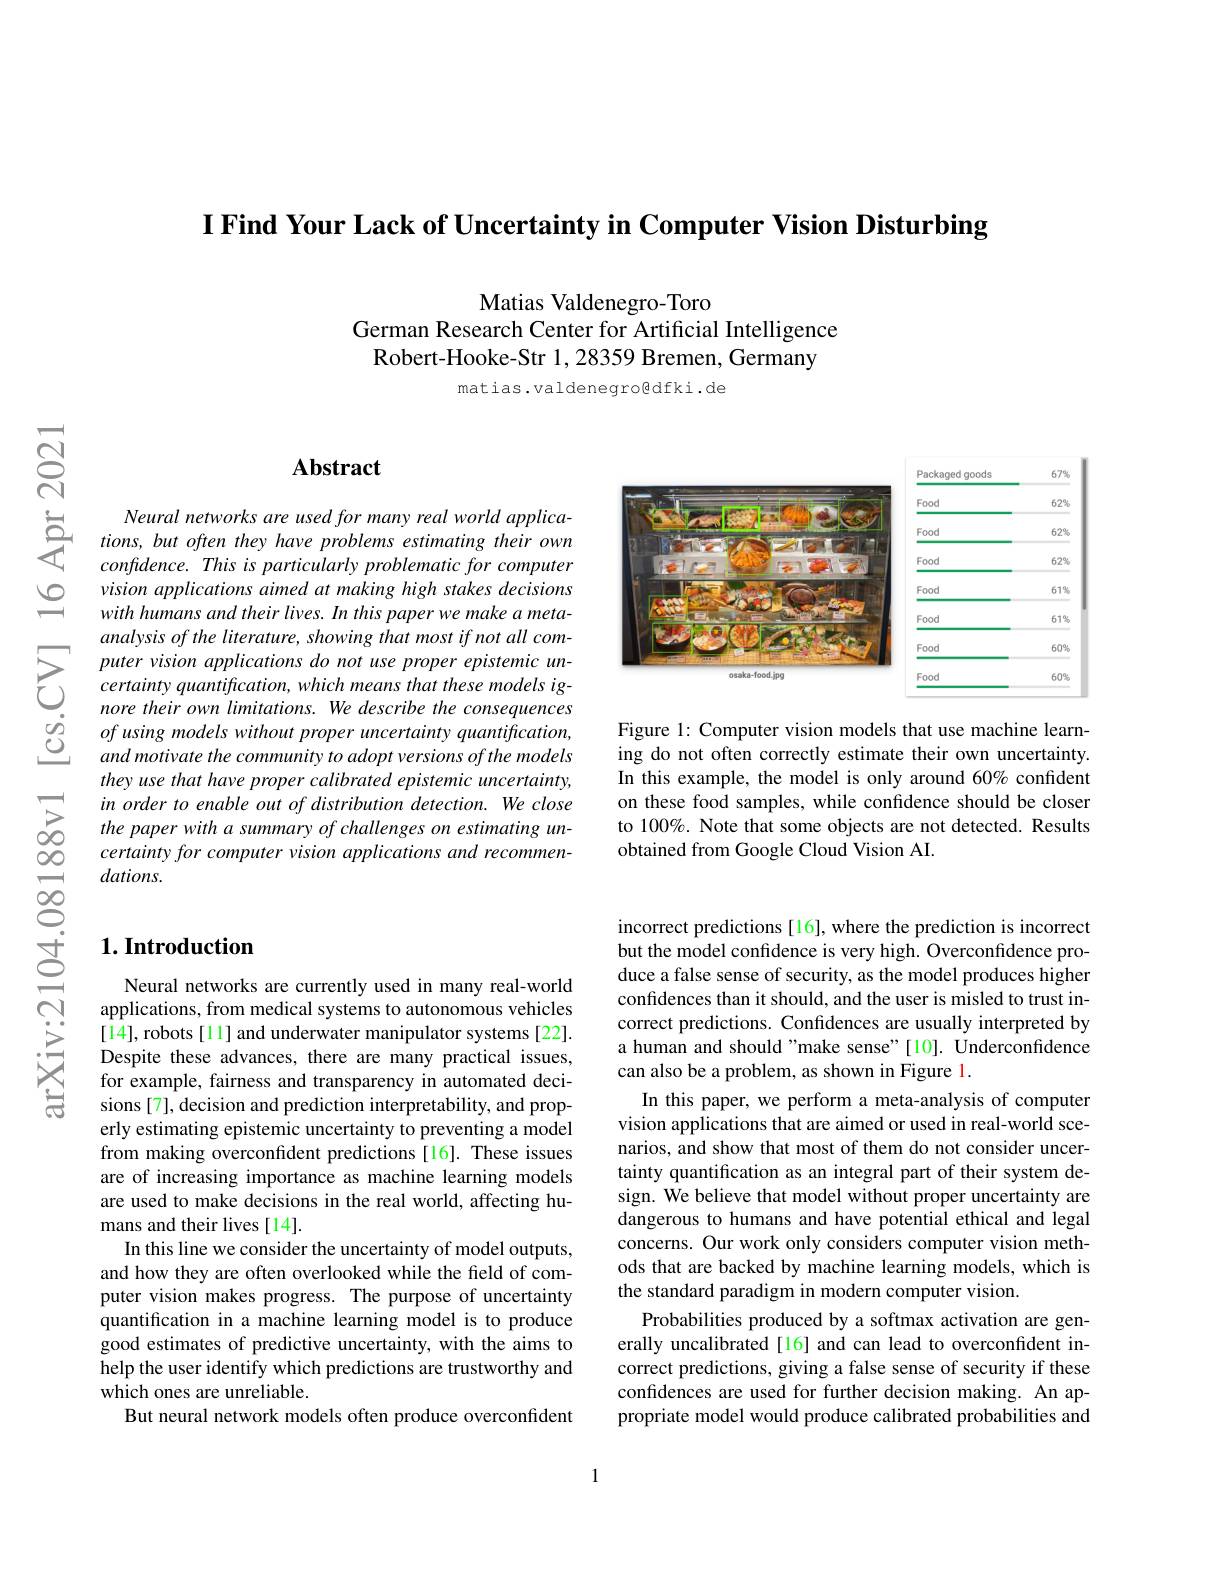
I Find Your Lack of Uncertainty in Computer Vision Disturbing

Matias Valdenegro-Toro
German Research Center for Artificial Intelligence
Robert-Hooke-Str 1, 28359 Bremen, Germany

matias.valdenegrogdfki.de

$ন্ন$

<table>
	<tbody>
		<tr>
			<th>Packaged goods</th>
			<th>$67\%$</th>
		</tr>
		<tr>
			<td>Food</td>
			<td>$62\%$</td>
		</tr>
		<tr>
			<td>Food</td>
			<td>$62\%$</td>
		</tr>
		<tr>
			<td>Food</td>
			<td>$62\%$</td>
		</tr>
		<tr>
			<td>Food</td>
			<td>61%</td>
		</tr>
		<tr>
			<td>Food</td>
			<td>61%</td>
		</tr>
		<tr>
			<td>Food</td>
			<td>$60\%$</td>
		</tr>
		<tr>
			<td>Food</td>
			<td>$60\%$</td>
		</tr>
	</tbody>
</table>

<FigureHere>

Figure 1: Computer vision models that use machine learning do not often correctly estimate their own uncertainty. In this example, the model is only around 60% confident on these food samples, while confidence should be closer to 100%. Note that some objects are not detected. Results obtained from Google Cloud Vision AI.

$ഇ$

## $\mathbf{Abstract}$

$\begin{array}{ccc}&\text{Neural networks are used for many real }\end{array}$
$confdence.Thisisparticularlyproblematicforcomputer$ vision applications aimed at making high stakes decisions with humans and their lives. In this paper we make a metaanalysis of the literature, showing that most if not all com-
$\sum putervision applications do not use proper epistemic unCertainty quantification, which means that these models ignore their own limitations. We describe the consequences$ $\begin{array}{ccc}&\text{nore their own limitations. We describe the consequences}\\\dot{o}&of\text{ using models without proper uncertainty quantification,}\\&and\text{ motivate the community to adont versions of the models}\end{array}$
and motivate the community to adopt versions of the models they use that have proper calibrated epistemic uncertainty, in order to enable out of distribution detection. We close the paper with a summary of challenges on estimating uncertainty for computer vision applications and recommendations.

## $1. \textbf{Introduction}$

Neural networks are currently used in many real-world applications, from medical systems to autonomous vehicles [14], robots [11] and underwater manipulator systems [22]. Despite these advances, there are many practical issues, for example, fairness and transparency in automated decisions [7], decision and prediction interpretability, and properly estimating epistemic uncertainty to preventing a model from making overconfdent predictions[16]. These issues are of increasing importance as machine learning models are used to make decisions in the real world, affecting humans and their lives[14].
In this line we consider the uncertainty of model outputs, and how they are often overlooked while the field of computer vision makes progress. The purpose of uncertainty quantification in a machine learning model is to produce good estimates of predictive uncertainty, with the aims to help the user identify which predictions are trustworthy and which ones are unreliable.
But neural network models often produce overconfident

incorrect predictions [16], where the prediction is incorrect but the model confidence is very high. Overconfidence produce a false sense of security, as the model produces higher confidences than it should, and the user is misled to trust incorrect predictions. Confidences are usually interpreted by a human and should "make sense"[10]. Underconfidence can also be a problem, as shown in Figure 1.
In this paper, we perform a meta-analysis of computer vision applications that are aimed or used in real-world scenarios, and show that most of them do not consider uncertainty quantification as an integral part of their system design. We believe that model without proper uncertainty are dangerous to humans and have potential ethical and legal concerns. Our work only considers computer vision methods that are backed by machine learning models, which is the standard paradigm in modern computer vision.
Probabilities produced by a softmax activation are generally uncalibrated[16] and can lead to overconfident incorrect predictions, giving a false sense of security if these confidences are used for further decision making. An appropriate model would produce calibrated probabilities and

1